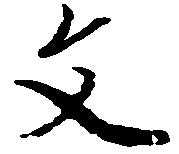
文